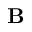
\mathbf { B }